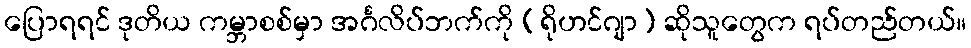
ပြောရရင် ဒုတိယ ကမ္ဘာစစ်မှာ အင်္ဂလိပ်ဘက်ကို (ရိုဟင်ဂျာ) ဆိုသူတွေက ရပ်တည်တယ်။